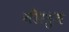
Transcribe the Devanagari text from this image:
वीस्त्रुत